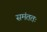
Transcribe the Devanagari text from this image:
समंततः